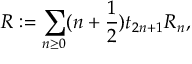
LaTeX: { \cal R } : = \sum _ { n \geq 0 } ( n + \frac { 1 } { 2 } ) t _ { 2 n + 1 } R _ { n } ,